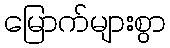
မြောက်များစွာ